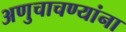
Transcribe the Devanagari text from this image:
अणुचाचण्यांना